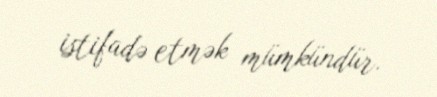
istifadə etmək mümkündür.